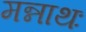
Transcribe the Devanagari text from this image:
मन्नाथः